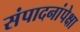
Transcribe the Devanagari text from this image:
संपादनांपेक्षा